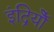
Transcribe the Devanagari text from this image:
इंद्रियोँ